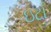
ઇટા